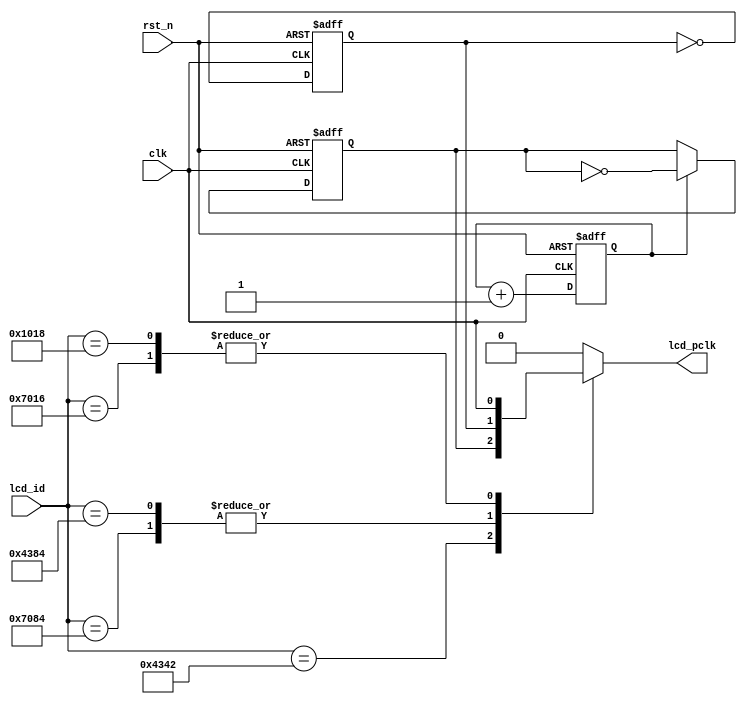
//
module clk_div(
    input               clk,          //50Mhz
    input               rst_n,
    input       [15:0]  lcd_id,
    output  reg         lcd_pclk
    );

reg          clk_25m;
reg          clk_12_5m;
reg          div_4_cnt;

//2 25MHz 
always @(posedge clk or negedge rst_n) begin
    if(!rst_n)
        clk_25m <= 1'b0;
    else 
        clk_25m <= ~clk_25m;
end

//4 12.5MHz 
always @(posedge clk or negedge rst_n) begin
    if(!rst_n) begin
        div_4_cnt <= 1'b0;
        clk_12_5m <= 1'b0;
    end    
    else begin
        div_4_cnt <= div_4_cnt + 1'b1;
        if(div_4_cnt == 1'b1)
            clk_12_5m <= ~clk_12_5m;
    end        
end

always @(*) begin
    case(lcd_id)
        16'h4342 : lcd_pclk = clk_12_5m;
        16'h7084 : lcd_pclk = clk_25m;       
        16'h7016 : lcd_pclk = clk;
        16'h4384 : lcd_pclk = clk_25m; //
        16'h1018 : lcd_pclk = clk;
        default :  lcd_pclk = 1'b0;
    endcase      
end

endmodule